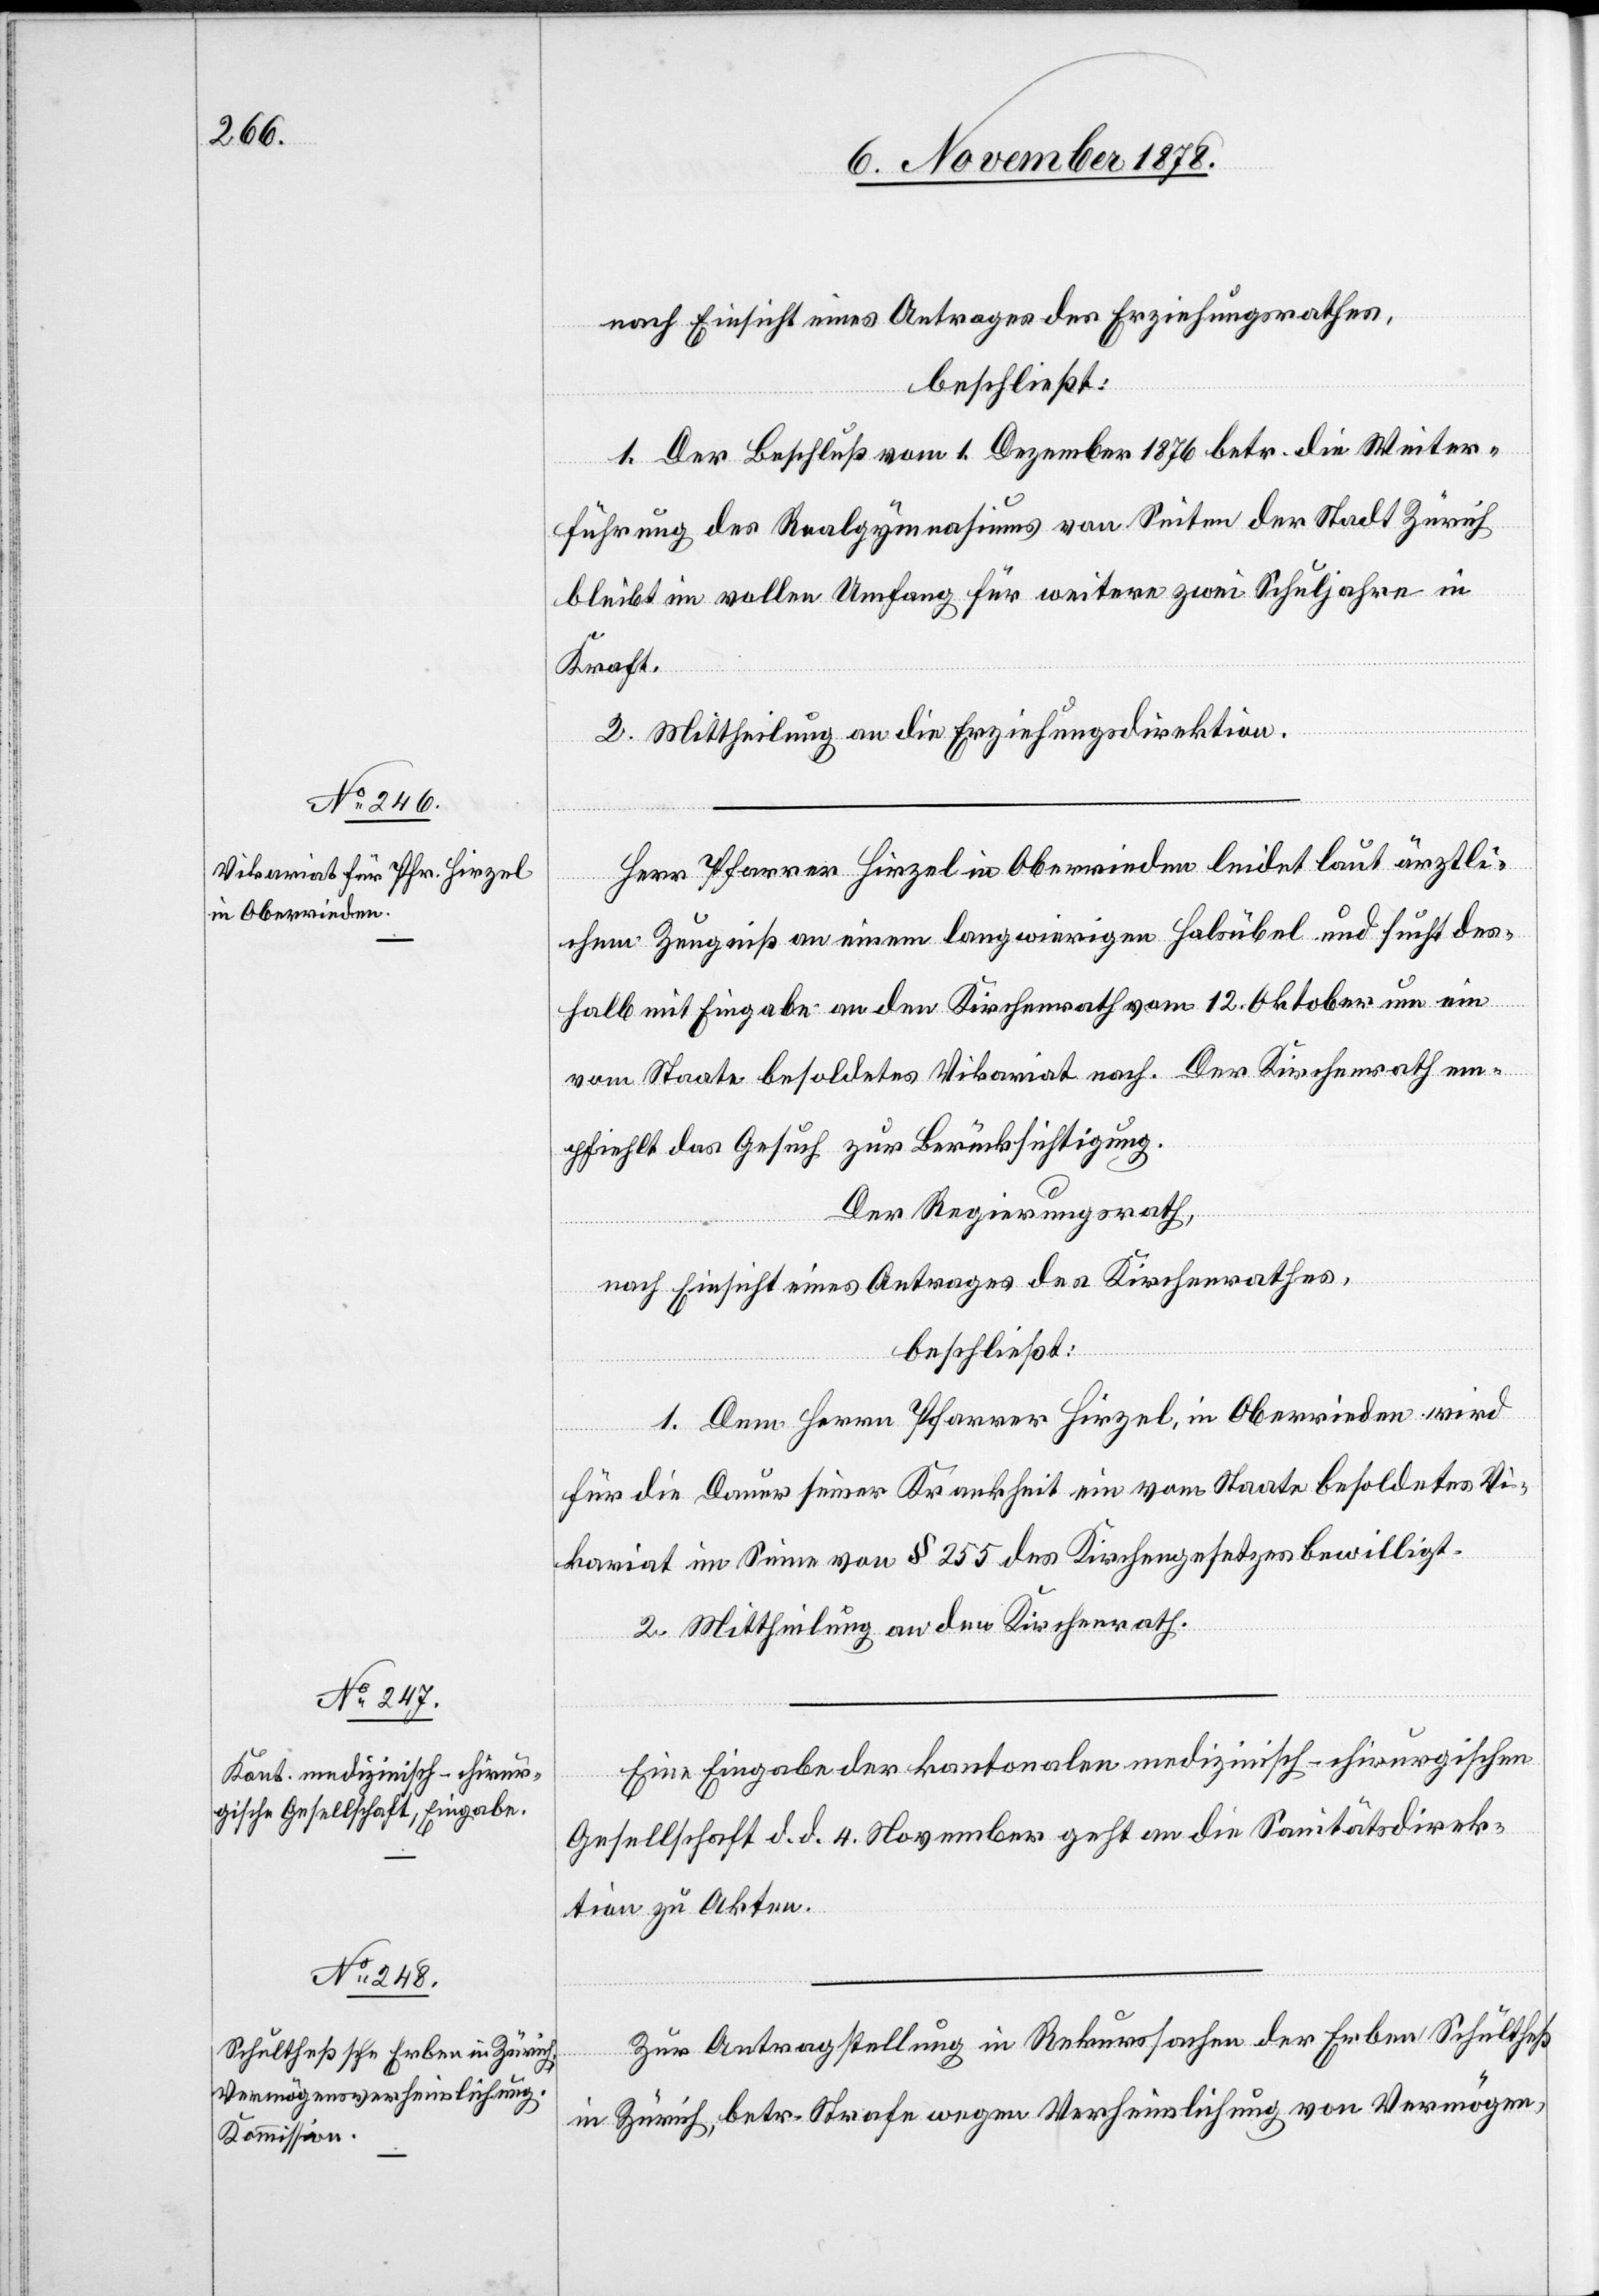
nach Einsicht eines Antrages des Erziehungsrathes,
beschließt:
1. Der Beschluß vom 1. Dezember 1876 betr. die Weiter¬
führung des Realgymnasiums von Seiten der Stadt Zürich
bleibt im vollen Umfang für weitere zwei Schuljahre in
Kraft.
2. Mittheilung an die Erziehungsdirektion.
Herr Pfarrer Hirzel in Oberrieden leidet laut ärztli¬
chem Zeugniß an einem langwierigen Halsübel und sucht des¬
halb mit Eingabe an den Kirchenrath vom 12. Oktober um ein
vom Staate besoldetes Vikariat nach. Der Kirchenrath em¬
pfiehlt das Gesuch zur Berücksichtigung.
Der Regierungsrath,
nach Einsicht eines Antrages des Kirchenrathes,
beschließt:
1. Dem Herrn Pfarrer Hirzel, in Oberrieden wird
für die Dauer seiner Krankheit ein vom Staate besoldetes Vi¬
kariat im Sinne von § 255 des Kirchengesetzes bewilligt.
2. Mittheilung an den Kirchenrath.
Eine Eingabe des kantonalen medizinisch-chirurgischen
Gesellschaft d. d. 4. November geht an die Sanitätsdirek¬
tion zu Akten.
Zur Antragstellung in Rekurssachen der Erben Schultheß
in Zürich, betr. Strafe wegen Verheimlichung von Vermögen,